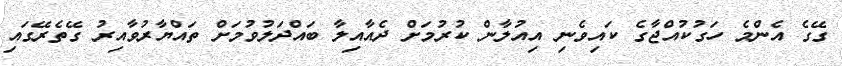
ގޭގެ އެންމެ ހަގުކުއްޖާގެ ކައިވެނި އިއުލާން ކުރުމަށް ދެއާއިލާ ބައްދަލުވުމަށް ތައްޔާރުވާއިރު ގޭތެރޭގައި